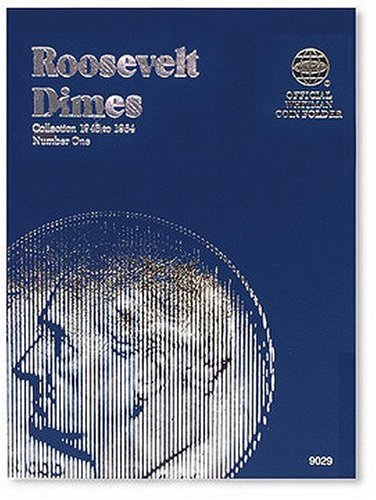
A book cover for Roosevelt Dimes Folder 1946-1964 (Official Whitman Coin Folder); Whitman; Crafts, Hobbies & Home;